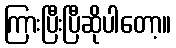
ကြားပြီးပြီဆိုပါတော့။